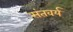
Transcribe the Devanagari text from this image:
संतवर्य